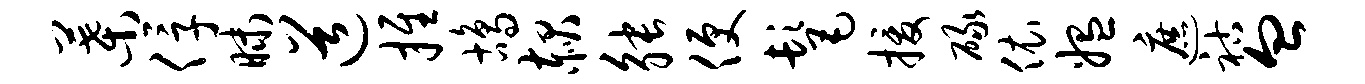
叶俘昧道推鸪赧觖便髦援碌依媪遮祜血